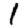
Digit: 1